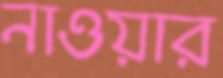
নাওয়ার